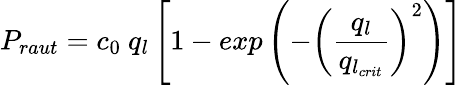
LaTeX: P_{raut}=c_{0}~q_{l}\left[1-exp\left(-\left(\frac{q_{l}}{q_{l_{crit}}}\right)^{2}\right)\right]